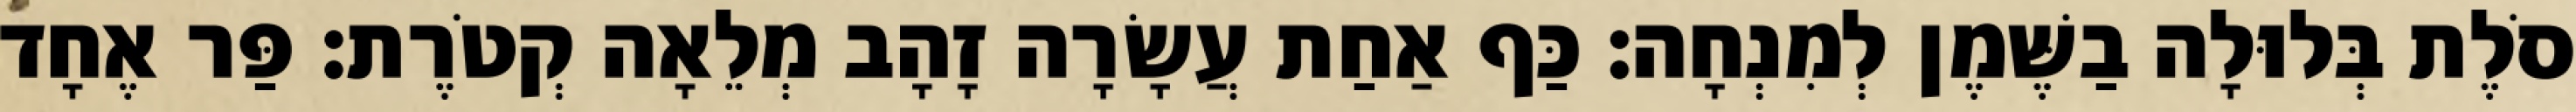
סֹלֶת בְּלוּלָה בַשֶּׁמֶן לְמִנְחָה׃ כַּף אַחַת עֲשָׂרָה זָהָב מְלֵאָה קְטֹרֶת׃ פַּר אֶחָד